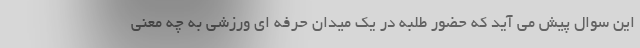
این سوال پیش می آید که حضور طلبه در یک میدان حرفه ای ورزشی به چه معنی